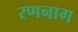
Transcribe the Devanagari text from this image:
रणनाग